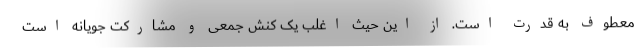
معطوف به قدرت است. از این حیث اغلب یک کنش جمعی و مشارکت جویانه است